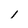
Character: 1